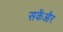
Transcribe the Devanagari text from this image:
सकेंऔर